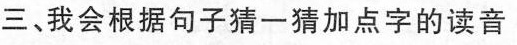
三、我会根据句子猜一猜加点字的读音